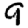
Digit: 9